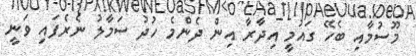
މޫސުމާއި ބެހޭ ގައުމީ އިދާރާ އިން ދެންމެ ހުދު ސަމާލު ނެރެފައި ވަނީ